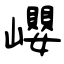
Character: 巊